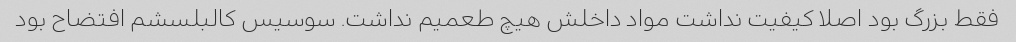
فقط بزرگ بود اصلا کیفیت نداشت مواد داخلش هیچ طعمیم نداشت. سوسیس کالبلسشم افتضاح بود